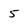
Character: 5